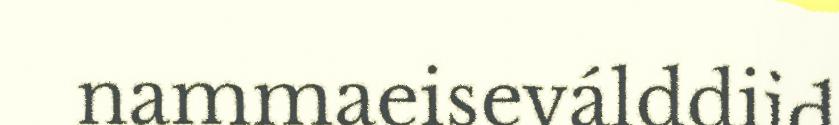
nammaeiseválddiid